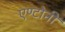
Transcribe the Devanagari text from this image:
एण्टोनी